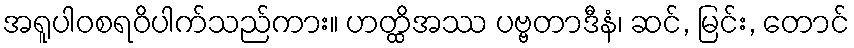
အရူပါဝစရဝိပါက်သည်ကား။ ဟတ္ထိအဿ ပဗ္ဗတာဒီနံ၊ ဆင်, မြင်း, တောင်